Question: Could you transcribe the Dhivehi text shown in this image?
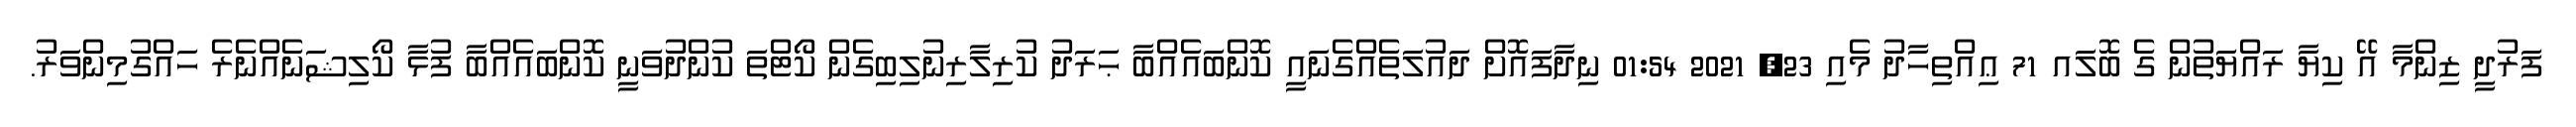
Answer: ފަރުދީ ޒިންމާ އޭ ކިޔާ ރައްޔަތުން ގެ ބޮލައ 71 ޢިއްތިހާދު މެއި 23, 2021 01:54 ނިދާފައޮށް ދައުލަތެއްގެނައީ ކޮންބައެއްބާ ޙަރަދު ކުރިލާރިނުލިބިގެން ކޯޓްތަ ކުންދުވަނީ ކޮންބައެއްބާ ފުޅާ ކޯލިޝަނެއްނެރެ ހައްގުމިންވަރު.